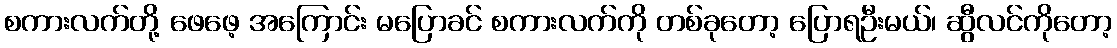
စကားလက်တို့ ဖေဖေ့ အကြောင်း မပြောခင် စကားလက်ကို တစ်ခုတော့ ပြောရဦးမယ်၊ ဆွီလင်ကိုတော့